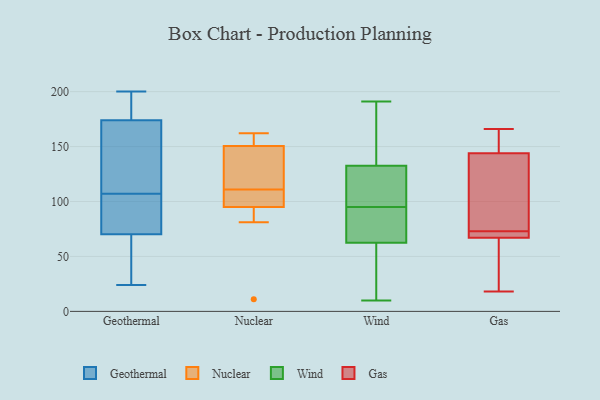
{"axis": {"x": "Population (Million)", "y": "Value"}, "legend": ["Gas", "Geothermal", "Nuclear", "Wind"], "data": [{"x": "", "y": 33, "type": "Geothermal"}, {"x": "", "y": 175, "type": "Geothermal"}, {"x": "", "y": 73, "type": "Geothermal"}, {"x": "", "y": 185, "type": "Geothermal"}, {"x": "", "y": 70, "type": "Geothermal"}, {"x": "", "y": 200, "type": "Geothermal"}, {"x": "", "y": 162, "type": "Geothermal"}, {"x": "", "y": 107, "type": "Geothermal"}, {"x": "", "y": 104, "type": "Geothermal"}, {"x": "", "y": 71, "type": "Geothermal"}, {"x": "", "y": 34, "type": "Geothermal"}, {"x": "", "y": 24, "type": "Geothermal"}, {"x": "", "y": 169, "type": "Geothermal"}, {"x": "", "y": 168, "type": "Geothermal"}, {"x": "", "y": 71, "type": "Geothermal"}, {"x": "", "y": 25, "type": "Geothermal"}, {"x": "", "y": 171, "type": "Geothermal"}, {"x": "", "y": 189, "type": "Geothermal"}, {"x": "", "y": 190, "type": "Geothermal"}, {"x": "", "y": 111, "type": "Nuclear"}, {"x": "", "y": 151, "type": "Nuclear"}, {"x": "", "y": 162, "type": "Nuclear"}, {"x": "", "y": 158, "type": "Nuclear"}, {"x": "", "y": 11, "type": "Nuclear"}, {"x": "", "y": 130, "type": "Nuclear"}, {"x": "", "y": 101, "type": "Nuclear"}, {"x": "", "y": 81, "type": "Nuclear"}, {"x": "", "y": 93, "type": "Nuclear"}, {"x": "", "y": 104, "type": "Nuclear"}, {"x": "", "y": 149, "type": "Nuclear"}, {"x": "", "y": 93, "type": "Wind"}, {"x": "", "y": 191, "type": "Wind"}, {"x": "", "y": 69, "type": "Wind"}, {"x": "", "y": 71, "type": "Wind"}, {"x": "", "y": 111, "type": "Wind"}, {"x": "", "y": 28, "type": "Wind"}, {"x": "", "y": 184, "type": "Wind"}, {"x": "", "y": 128, "type": "Wind"}, {"x": "", "y": 57, "type": "Wind"}, {"x": "", "y": 153, "type": "Wind"}, {"x": "", "y": 133, "type": "Wind"}, {"x": "", "y": 132, "type": "Wind"}, {"x": "", "y": 35, "type": "Wind"}, {"x": "", "y": 10, "type": "Wind"}, {"x": "", "y": 157, "type": "Wind"}, {"x": "", "y": 15, "type": "Wind"}, {"x": "", "y": 78, "type": "Wind"}, {"x": "", "y": 68, "type": "Wind"}, {"x": "", "y": 101, "type": "Wind"}, {"x": "", "y": 97, "type": "Wind"}, {"x": "", "y": 72, "type": "Gas"}, {"x": "", "y": 164, "type": "Gas"}, {"x": "", "y": 70, "type": "Gas"}, {"x": "", "y": 45, "type": "Gas"}, {"x": "", "y": 142, "type": "Gas"}, {"x": "", "y": 166, "type": "Gas"}, {"x": "", "y": 18, "type": "Gas"}, {"x": "", "y": 67, "type": "Gas"}, {"x": "", "y": 144, "type": "Gas"}, {"x": "", "y": 74, "type": "Gas"}]}